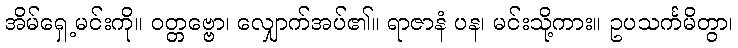
အိမ်ရှေ့မင်းကို။ ဝတ္တဗ္ဗော၊ လျှောက်အပ်၏။ ရာဇာနံ ပန၊ မင်းသို့ကား။ ဥပသင်္ကမိတွာ၊